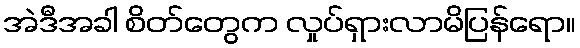
အဲဒီအခါ စိတ်တွေက လှုပ်ရှားလာမိပြန်ရော။